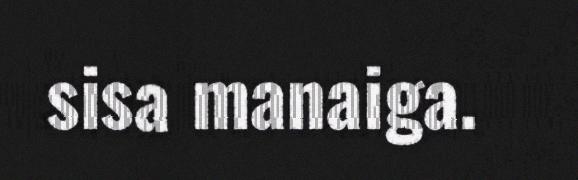
sisa manaiga.